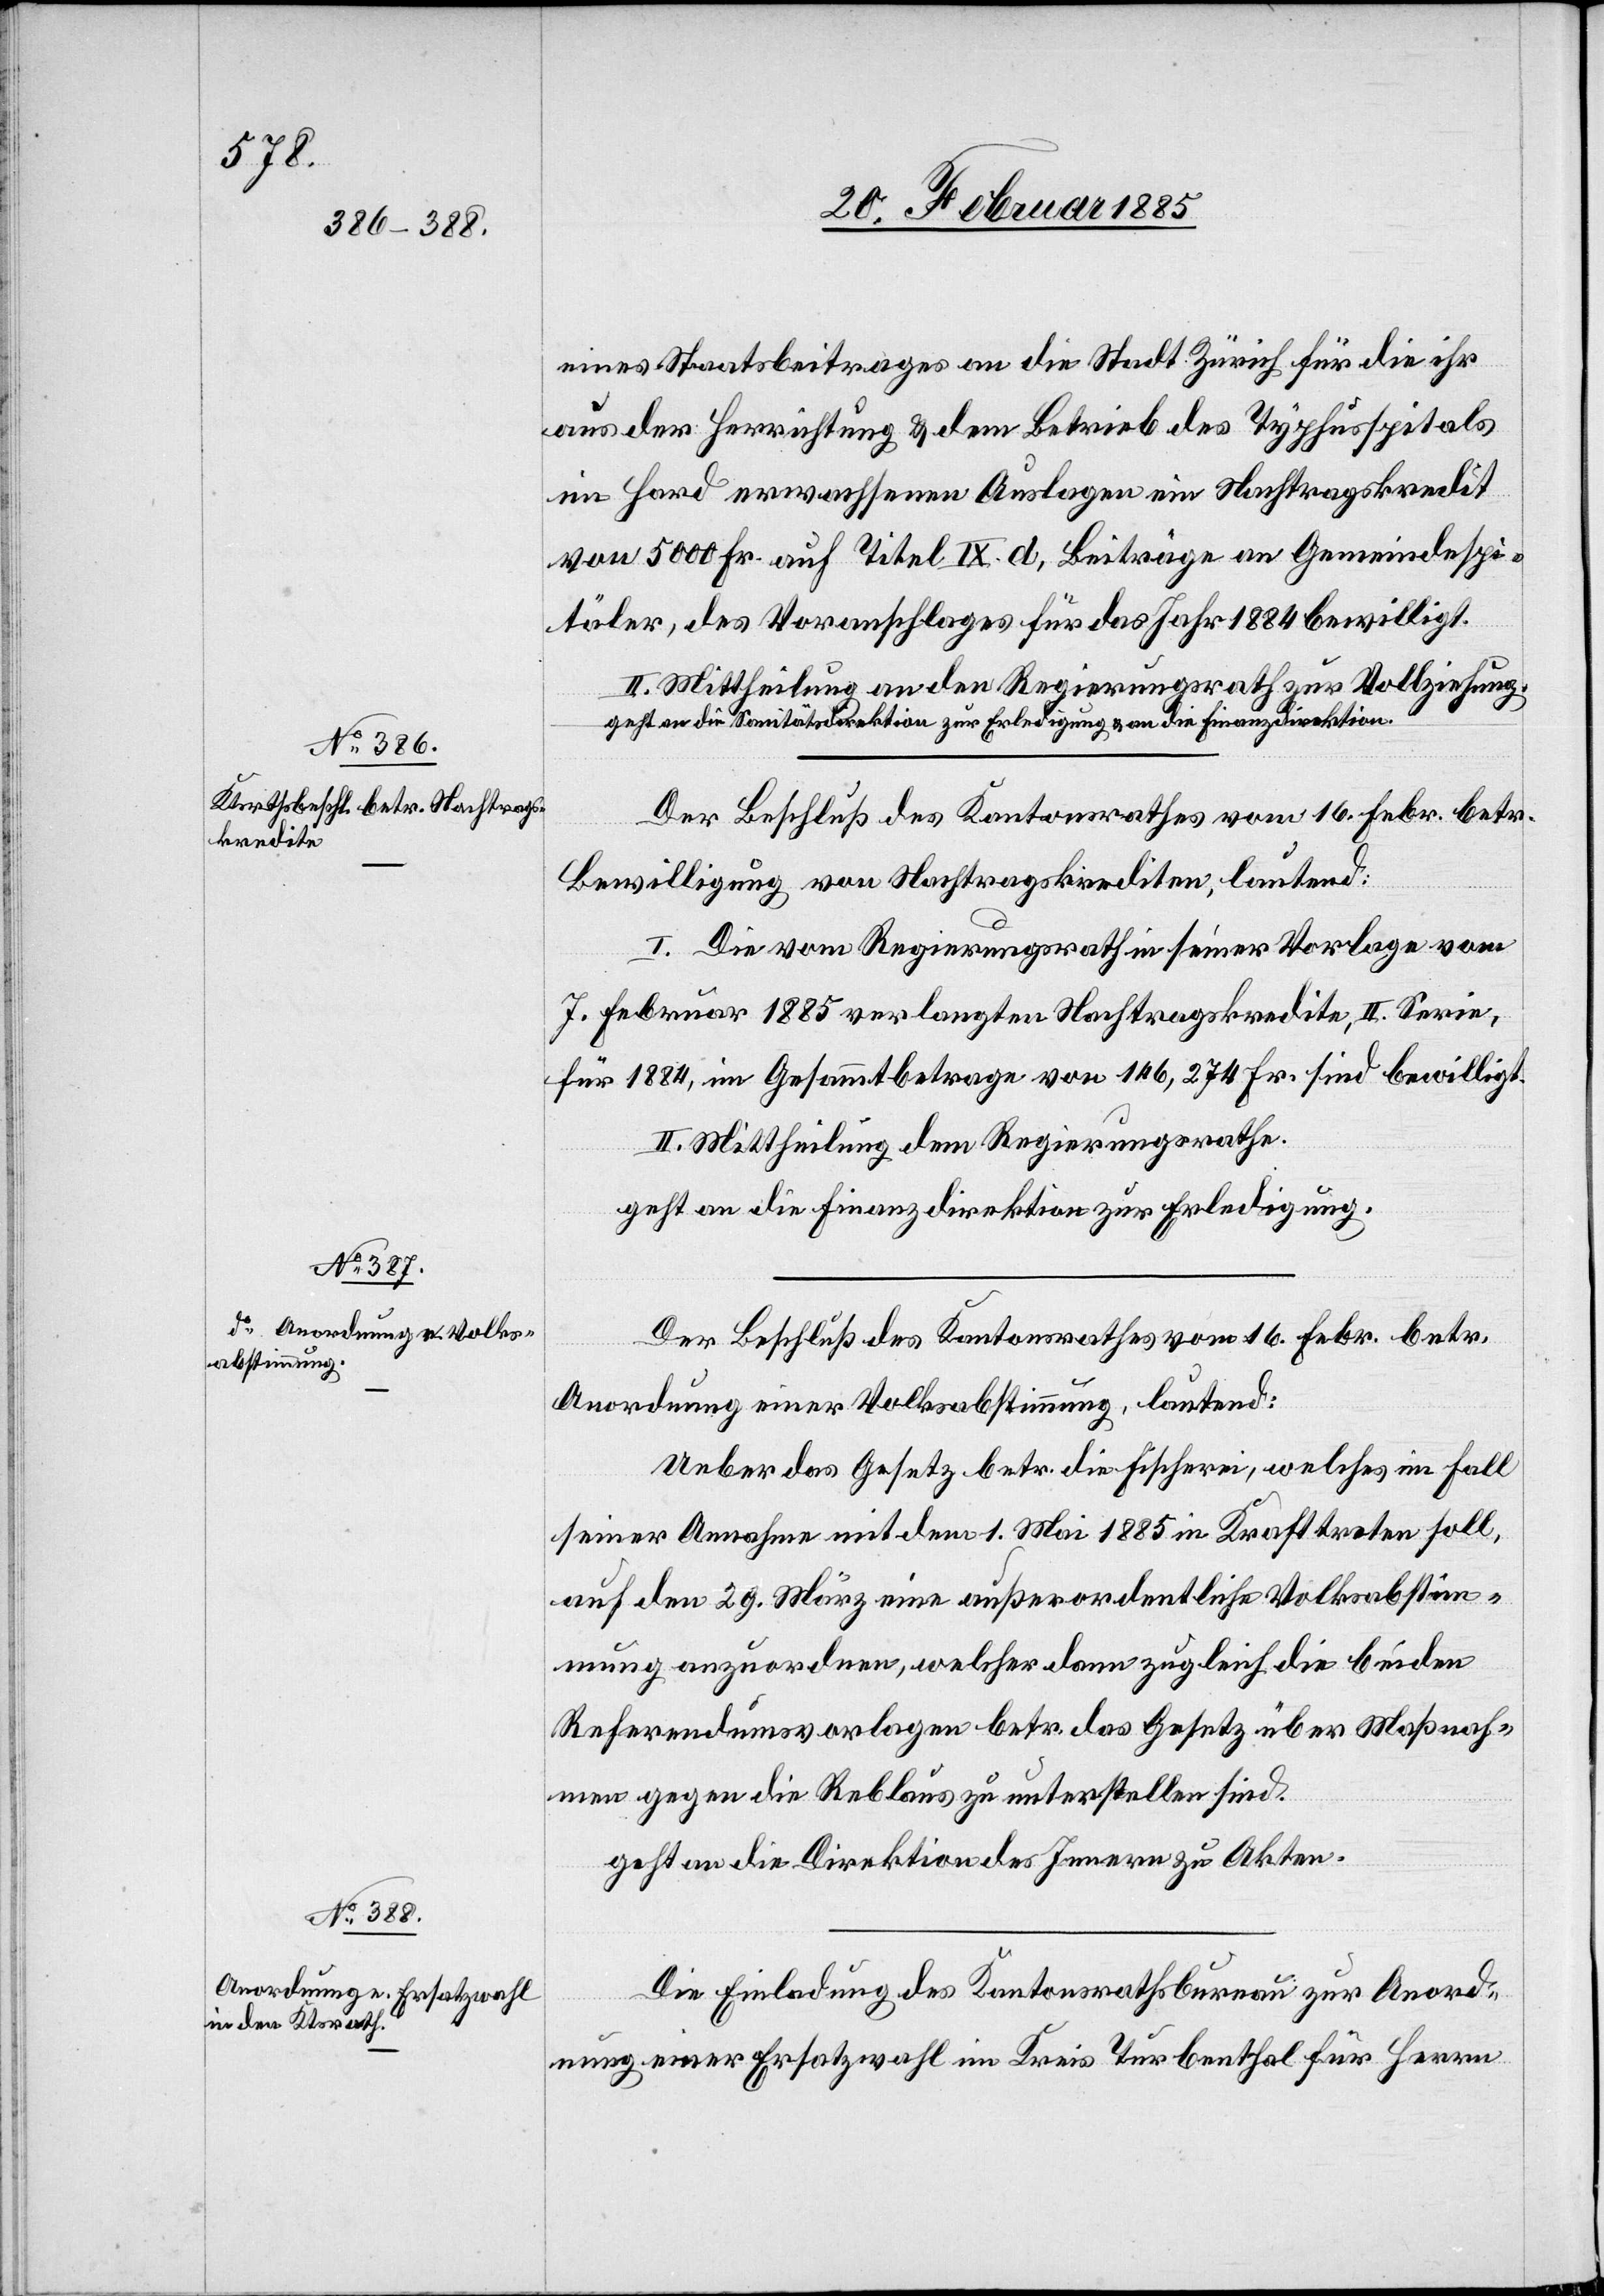
eines Staatsbeitrages an die Stadt Zürich für die ihr
aus der Herrichtung & dem Betrieb des Typhusspitals
im Hard erwachsenen Auslage ein Nachtragskredit
von 5000 Fr. auf Titel IX. d, Beiträge an Gemeindespi¬
täler, des Voranschlages für das Jahr 1884 bewilligt.
II. Mittheilung an den Regierungsrath zur Vollziehung,
geht an die Sanitätsdirektion zur Erledigung & an die Finanzdirektion.
Der Beschluß des Kantonsrathes vom 16. Febr. betr.
Bewilligung von Nachtragskrediten, lautend:
I. Die vom Regierungsrath in seiner Vorlage vom
7. Februar 1885 verlangten Nachtragskredite, II. Serie
für 1884, im Gesammtbetrage von 146,274 Fr. sind bewilligt.
II. Mittheilung dem Regierungsrathe.
geht an die Finanzdirektion zur Erledigung.
Der Beschluß des Kantonsrathes vom 16. Febr. betr.
Anordnung einer Volksabstimmung, lautend:
Ueber das Gesetz betr. die Fischerei, welches im Fall
seiner Annahme mit dem 1. Mai 1885 in Kraft treten soll,
auf den 29. März eine außerordentliche Volksabstim¬
mung anzuordnen, welcher dann zugleich die beiden
Referendumsvorlagen betr. das Gesetz über Maßnah¬
men gegen die Reblaus zu unterstellen sind.
geht an die Direktion des Innern zu Akten.
Die Einladung des Kantonsrathsbureau zur Anord¬
nung einer Ersatzwahl im Kreis Turbenthal für Herrn